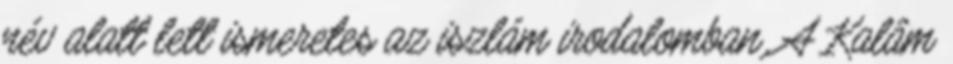
név alatt lett ismeretes az iszlám irodalomban. A Kalâm